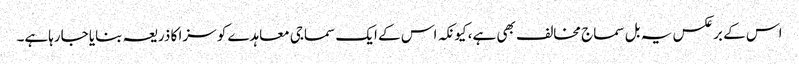
اس کے برعکس یہ بل سماج مخالف بھی ہے، کیونکہ اس کے ایک سماجی معاہدے کو سزا کا ذریعہ بنایا جارہاہے۔